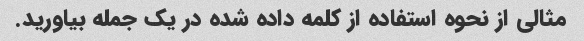
مثالی از نحوه استفاده از کلمه داده شده در یک جمله بیاورید.